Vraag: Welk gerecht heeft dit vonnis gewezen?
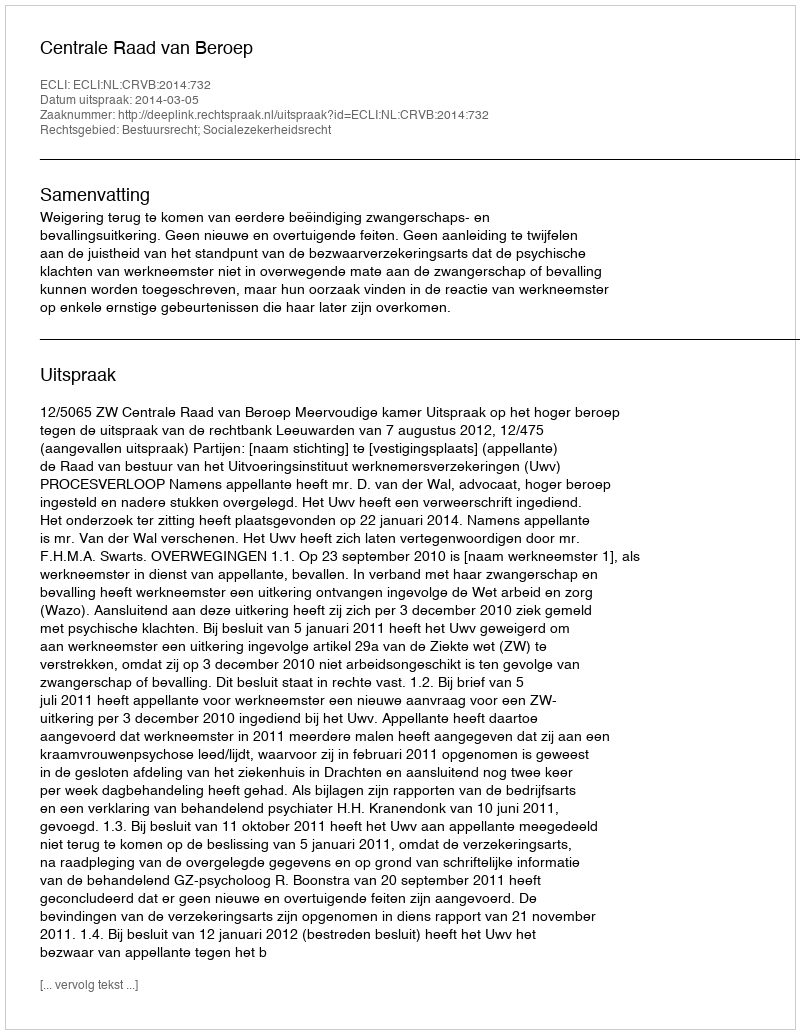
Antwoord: Centrale Raad van Beroep